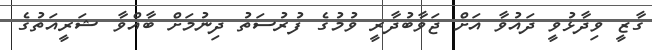
ގާޒީ ވިދާޅުވީ ދައުވާ އަށް ޖަވާބުދާރީ ވުމުގެ ފުރުސަތު ދިނުމަށް ބާއްވާ ޝަރީއަތުގެ